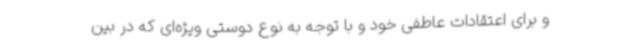
و برای اعتقادات عاطفی خود و با توجه به نوع دوستی ویژه‌ای که در بین